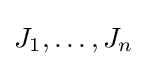
J_{1},\dots ,J_{n}